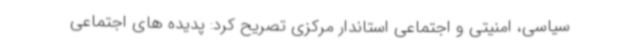
سیاسی، امنیتی و اجتماعی استاندار مرکزی تصریح کرد: پدیده های اجتماعی